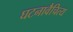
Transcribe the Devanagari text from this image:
घटनावैचित्य